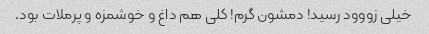
خیلی زووود رسید! دمشون گرم! کلی هم داغ و خوشمزه و پرملات بود.